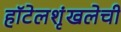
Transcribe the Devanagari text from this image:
हॉटेलशृंखलेची